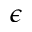
\epsilon